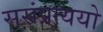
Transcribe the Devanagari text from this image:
ससंप्रत्ययो